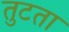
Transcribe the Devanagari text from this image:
तुटता